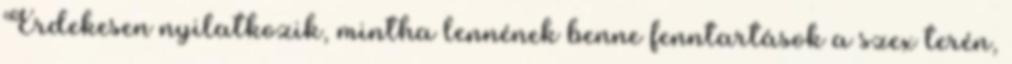
Érdekesen nyilatkozik, mintha lennének benne fenntartások a szex terén,